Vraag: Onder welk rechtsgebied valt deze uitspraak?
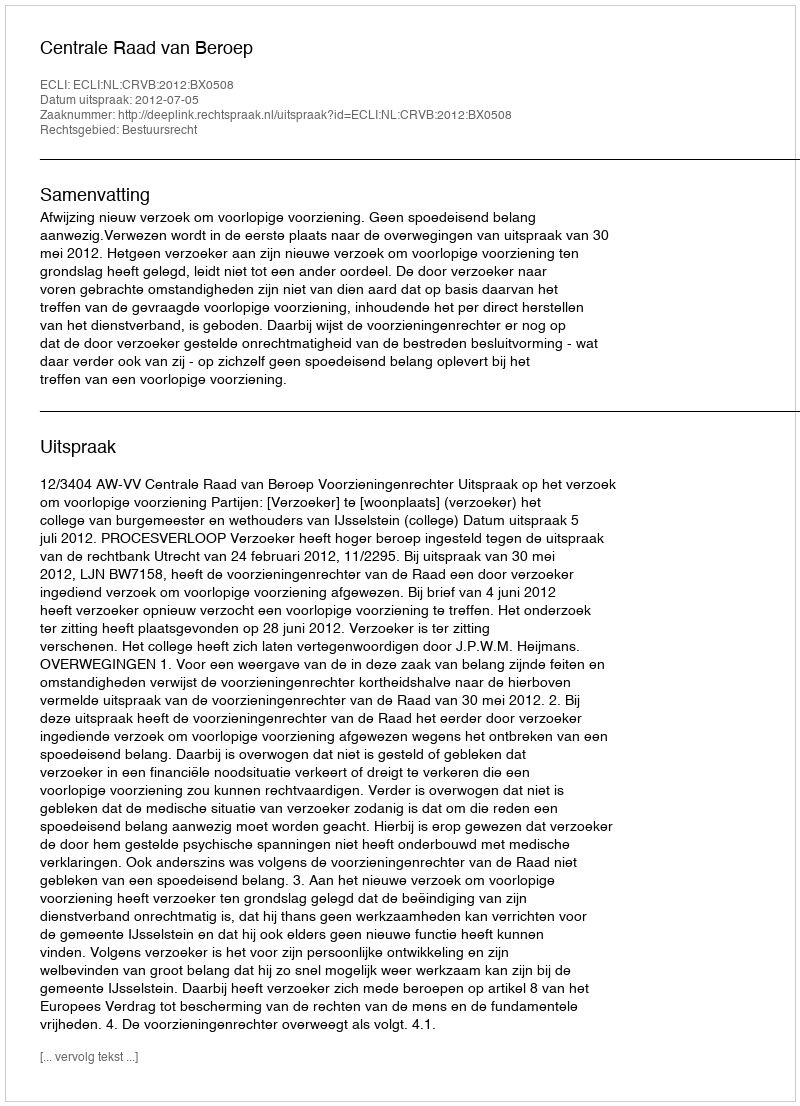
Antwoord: Bestuursrecht